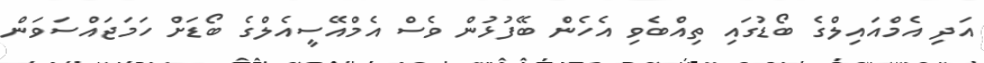
އަދި އެމްއައިލްގެ ބޯޑުގައި ތިއްބެވި އެހެން ބޭފުޅުން ވެސް އެމްއޭސީއެލްގެ ބޯޑަށް ހަމަޖައްސަވަން